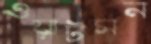
ওয়াটসন